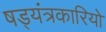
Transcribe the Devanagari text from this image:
षड्यंत्रकारियो